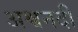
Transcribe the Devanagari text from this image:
अश्वनदी